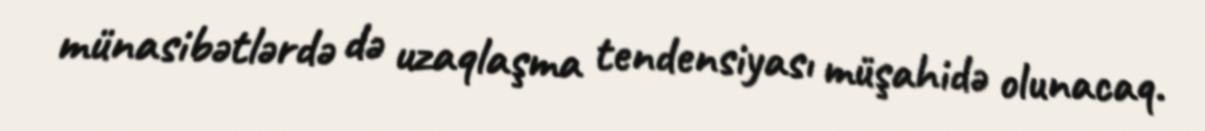
münasibətlərdə də uzaqlaşma tendensiyası müşahidə olunacaq.